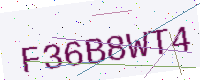
Text: F36B8WT4